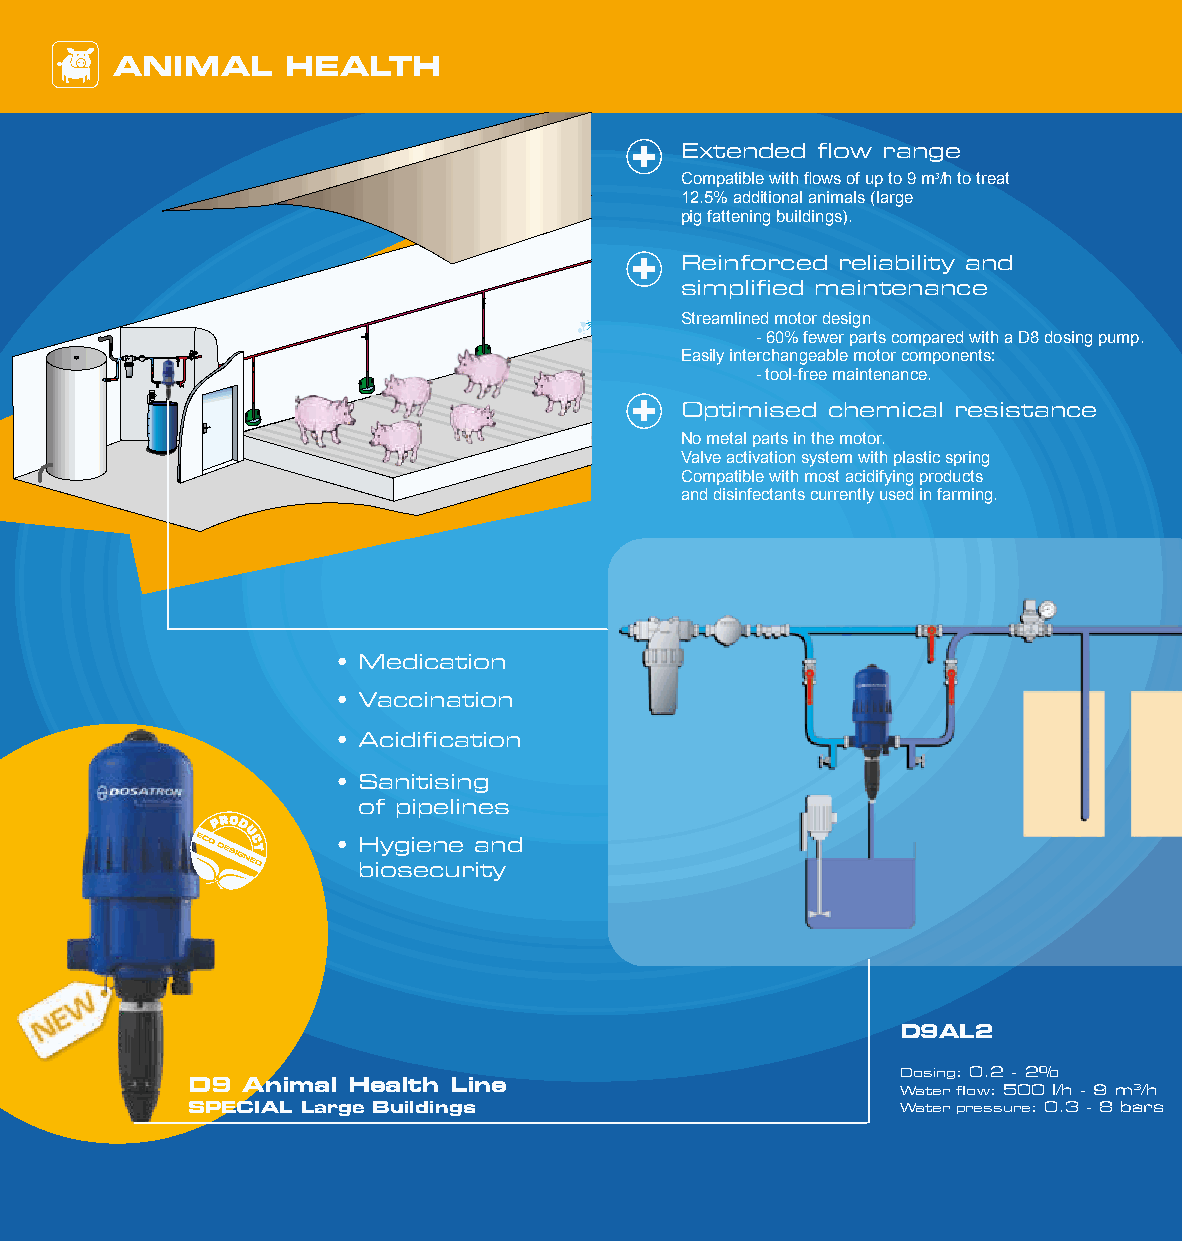
ANIMAL     HEA  LTH
 +  Extended flow range
 Compatible with flows of up to 9 m3/h to treat
 12.5% additional animals (large
 pig fattening buildings).
 +  Reinforced reliability and
 simplified maintenance
 Streamlined motor design
 - 60% fewer parts compared with a D8 dosing pump.
 Easily interchangeable motor components:
 - tool-free maintenance.
 +  Optimised chemical resistance
 No metal parts in the motor.
 Valve activation system with plastic spring
 Compatible with most acidifying products
 and disinfectants currently used in farming.
 • Medication
 • Vaccination
 • Acidification
 • Sanitising
 of pipelines
 PPRROODD
 UU
 CC    • Hygiene and
 TT
 biosecurity
 D9AL2
 Dosing: 0.2 - 2%
 D9  Animal Health Line                          Water flow: 500 l/h - 9 m3/h
 SPECIAL Large Buildings                         Water pressure: 0.3 - 8 bars